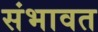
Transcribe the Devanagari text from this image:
संभावत